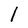
Character: 1